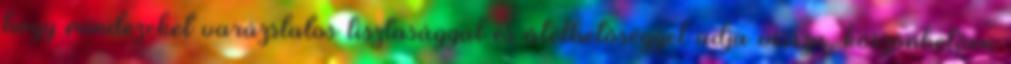
hogy mindezeket varázslatos tisztasággal és átélhetőséggel adja vissza, köszönhetően